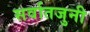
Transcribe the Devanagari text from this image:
सर्वातजुनी